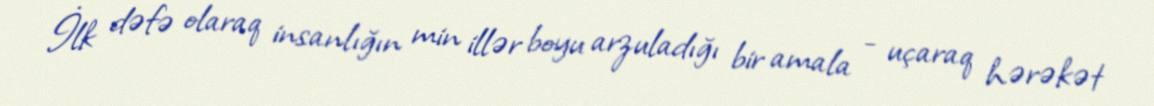
İlk dəfə olaraq insanlığın min illər boyu arzuladığı bir amala - uçaraq hərəkət